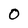
Character: 0